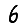
Digit: 6